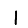
Digit: 1